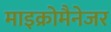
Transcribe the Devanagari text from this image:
माइक्रोमैनेजर